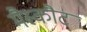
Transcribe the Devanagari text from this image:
मैस्कौट